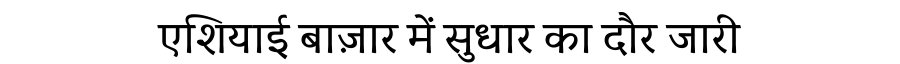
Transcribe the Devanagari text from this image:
एशियाई बाज़ार में सुधार का दौर जारी